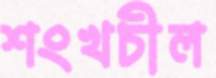
শংখচীল